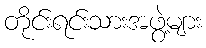
တိုင်းရင်းသားအဖွဲ့များ